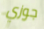
جوزي